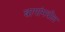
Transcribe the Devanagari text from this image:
बागांमधील